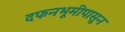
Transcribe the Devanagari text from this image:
दफनभूमीपासून